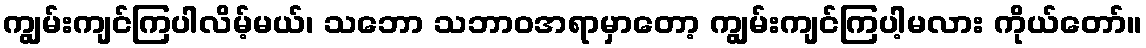
ကျွမ်းကျင်ကြပါလိမ့်မယ်၊ သဘော သဘာဝအရာမှာတော့ ကျွမ်းကျင်ကြပါ့မလား ကိုယ်တော်။